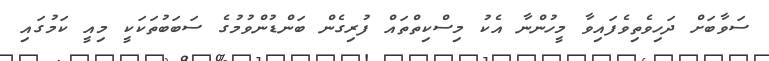
ސަވާބަށް ދަހިވެތިވެފައިވާ މީހުންނާ އެކު މިސްކިތްތައް ފުރިގެން ބަންޑުންވުމުގެ ސަބަބުތަކަކީ މިއީ ކަމުގައި